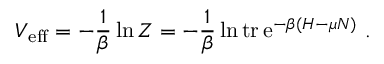
V _ { \mathrm { e f f } } = - \frac { 1 } { \beta } \ln Z = - \frac { 1 } { \beta } \ln \mathrm { t r } \, \mathrm { e } ^ { - \beta ( H - \mu N ) } \ .